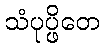
သံပုပ္ဖိတေ